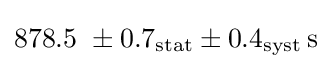
878.5~\pm 0.7_{\mathrm {stat} }\pm 0.4_{\mathrm {syst} }\,{\mathrm {s} }